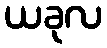
ယခုလ